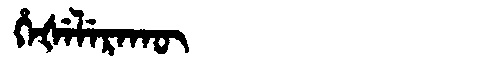
Manchu: ᡥᡝᡧᡝᠯᡝᡵᠠᡴᡡ
Romanization: HEŠELERAKŪ